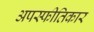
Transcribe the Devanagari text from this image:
अपस्फीतिकार